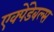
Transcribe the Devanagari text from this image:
एक्पेंडेबल्स